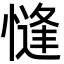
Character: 㦀